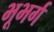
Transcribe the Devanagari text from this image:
भूभर्ग